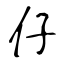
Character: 仔